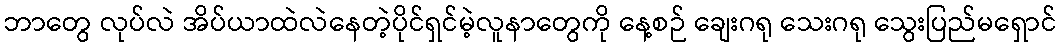
ဘာတွေ လုပ်လဲ အိပ်ယာထဲလဲနေတဲ့ပိုင်ရှင်မဲ့လူနာတွေကို နေ့စဉ် ချေးဂရု သေးဂရု သွေးပြည်မရှောင်